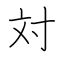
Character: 対